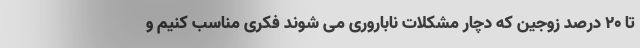
تا ۲۰ درصد زوجین که دچار مشکلات ناباروری می شوند فکری مناسب کنیم و